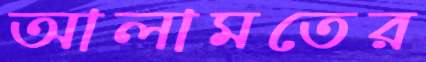
আলামতের